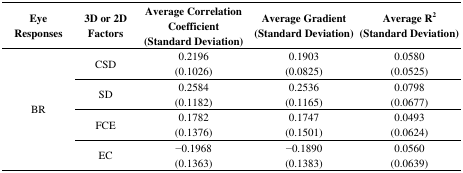
<table><thead><tr><td><b>Eye Responses</b></td><td><b>3D or 2D Factors</b></td><td><b>Average Correlation Coefficient (Standard Deviation)</b></td><td><b>Average Gradient (Standard Deviation)</b></td><td><b>Average R<sup>2</sup> (Standard Deviation)</b></td></tr></thead><tbody><tr><td rowspan="4">BR</td><td>CSD</td><td>0.2196 (0.1026)</td><td>0.1903 (0.0825)</td><td>0.0580 (0.0525)</td></tr><tr><td>SD</td><td>0.2584 (0.1182)</td><td>0.2536 (0.1165)</td><td>0.0798 (0.0677)</td></tr><tr><td>FCE</td><td>0.1782 (0.1376)</td><td>0.1747 (0.1501)</td><td>0.0493 (0.0624)</td></tr><tr><td>EC</td><td>−0.1968 (0.1363)</td><td>−0.1890 (0.1383)</td><td>0.0560 (0.0639)</td></tr></tbody></table>